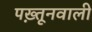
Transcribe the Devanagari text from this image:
पख़्तूनवाली